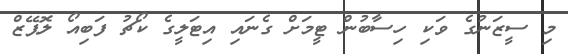
މި ސީޒަނުގެ ވަކި ހިސާބުން ޓީމަށް ގެނައި އިޓަލީގެ ކޯޗު ފަބިއޯ ލޮޕޭޒް